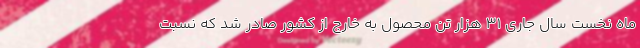
ماه نخست سال جاری 31 هزار تن محصول به خارج از کشور صادر شد که نسبت